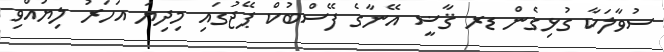
ސުވާލަކާ ގުޅިގެން ޑރ ޤާޟީ އޭނާގެ ފޭސްބުކް ޕޭޖުގައި މިދިޔަ އަހަރު ލިޔުއްވި